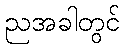
ညအခါတွင်